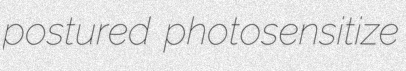
postured photosensitize